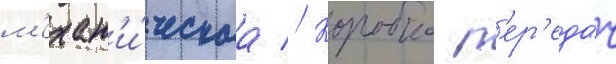
м'ехан'и́ческаа // Коробка п'ер'еда́ч